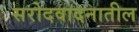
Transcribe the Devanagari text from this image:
सरोदवादनातील